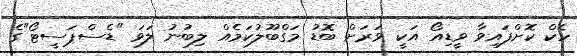
ހެކް ކޮށްފައިވާ ވީޑިއޯ އަކީ ވަރަށް ބޮޑު މަގްބޫލުކަމެއް ލިބުނު ލަވަ "ޑެސްޕަސީޓޯ"ގެ